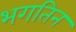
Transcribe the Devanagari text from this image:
भगतिन